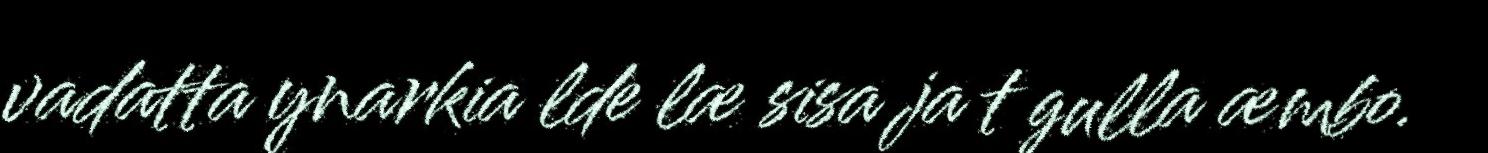
vadatta ynarkia lde læ sisa ja t gulla æmbo.